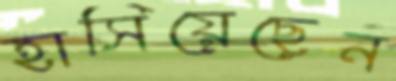
হাসিয়েছেন